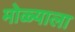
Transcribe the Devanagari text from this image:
मोळ्याला